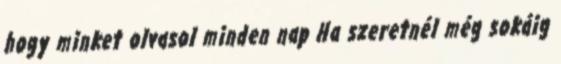
hogy minket olvasol minden nap Ha szeretnél még sokáig